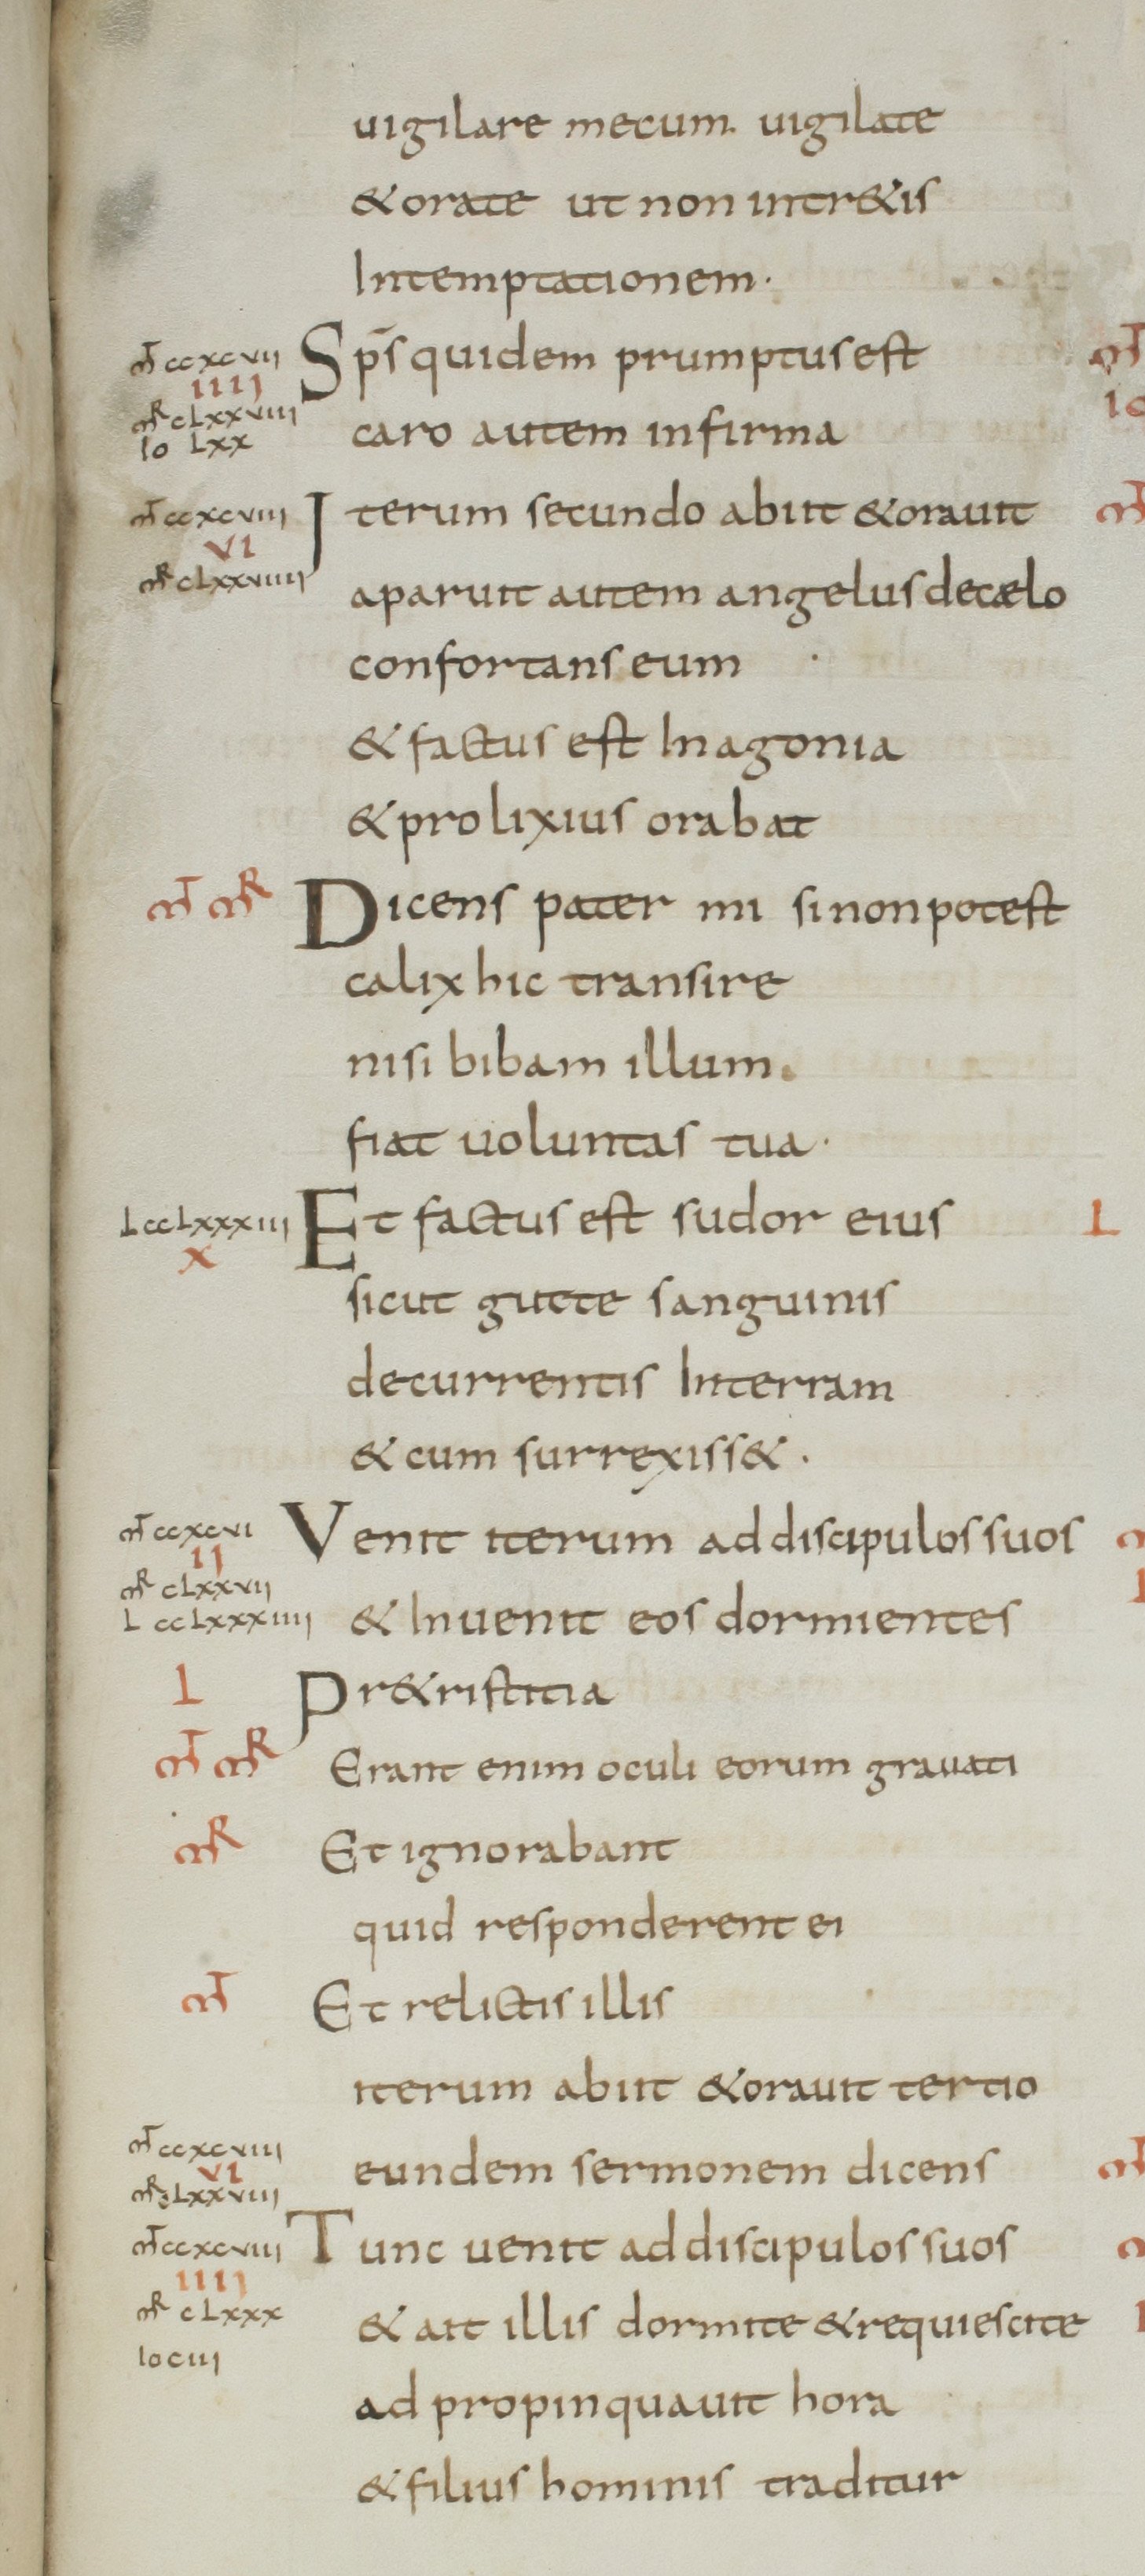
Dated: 800–849